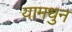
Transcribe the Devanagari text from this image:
यामधुन